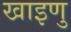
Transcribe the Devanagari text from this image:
खाइणु